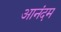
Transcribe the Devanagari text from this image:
आनंदम